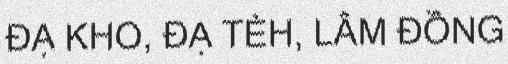
ĐẠ KHO, ĐẠ TẺH, LÂM ĐỒNG